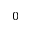
0